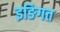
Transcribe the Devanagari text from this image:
इङिगत